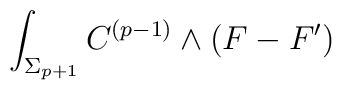
\int_{\Sigma_{p+1}} C^{(p-1)} \wedge (F - F^{\prime})